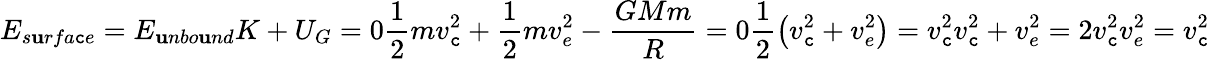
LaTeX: E_{s\mathbf{u}rfa\mathtt{c}e}=E_{\mathbf{u}nbo\mathbf{u}nd}K+U_{G}=0\frac{{1}}{{2}}mv_{\mathtt{c}}^{2}+\frac{{1}}{{2}}mv_{e}^{2}-\frac{{GMm}}{{R}}=0\frac{{1}}{{2}}\left(v_{\mathtt{c}}^{2}+v_{e}^{2}\right)=v_{\mathtt{c}}^{2}v_{\mathtt{c}}^{2}+v_{e}^{2}=2v_{\mathtt{c}}^{2}v_{e}^{2}=v_{\mathtt{c}}^{2}